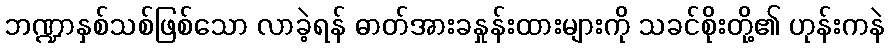
ဘဏ္ဍာနှစ်သစ်ဖြစ်သော လာခဲ့ရန် ဓာတ်အားခနှုန်းထားများကို သခင်စိုးတို့၏ ဟုန်းကနဲ